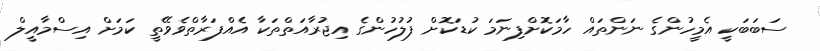
ސަބަބަކީ އެމީހުންގެ ނަންތައް ހާމަކޮށްފިނަމަ ކުޑަކޮށް ފުލުހުންގެ އިޖުރާއަތްތަކާ އެއްފަރާތްވެވޭތީ ކަމަށް އިސްމާއީލް